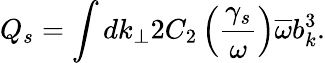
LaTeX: Q_{s}=\int dk_{\perp}2C_{2}\left(\frac{\gamma_{s}}{\omega}\right)\overline{{\omega}}b_{k}^{3}.